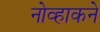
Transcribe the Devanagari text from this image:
नोव्हाकने